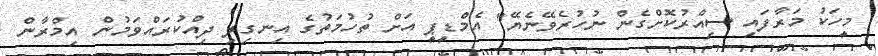
މީހަކު މަރާފައި ސިއްރުކޮށްގެން ނުހުރެވޭނެޔޭ" އެމްޑީޕީ އަށް ތުހުމަތުގެ އިނގިލި ދިއްކުރައްވަމުން އިމްރާން